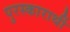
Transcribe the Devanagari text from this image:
पुरस्कारार्थी